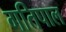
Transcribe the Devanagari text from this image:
गतिपाल